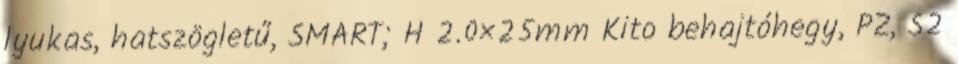
lyukas, hatszögletű, SMART; H 2.0×25mm Kito behajtóhegy, PZ, S2